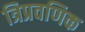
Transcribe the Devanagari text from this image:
त्रिप्रवणिक